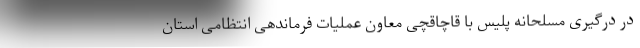
در درگیری مسلحانه پلیس با قاچاقچی معاون عملیات فرماندهی انتظامی استان